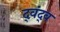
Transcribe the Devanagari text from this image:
द्‍वंद्‍व